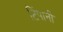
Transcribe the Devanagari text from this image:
टिंपानी